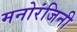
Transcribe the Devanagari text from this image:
मनोरंजिनी